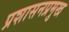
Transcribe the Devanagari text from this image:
प्रशासनप्रमुख